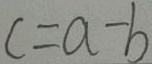
c = a - b